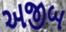
અજીબ